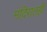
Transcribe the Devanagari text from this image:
मंदिरातही